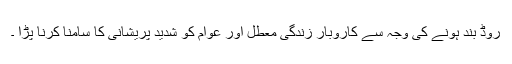
روڈ بند ہونے کی وجہ سے کاروبار زندگی معطل اور عوام کو شدید پریشانی کا سامنا کرنا پڑا ۔